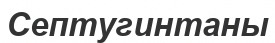
Септугинтаны